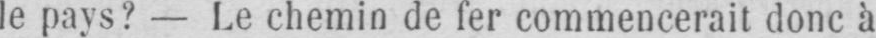
le pays? - Le chemin de fer commencerait donc à